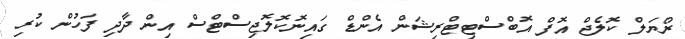
ރޯޔަލް ކޮލެޖް އޮފް އޮބްސްޓިޓްރިޝަން އެންޑް ގައިނޮކޮލޮޖިސްޓްސް އިން ދާދި ފަހުން ކުރި